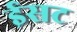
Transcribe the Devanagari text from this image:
ईसट